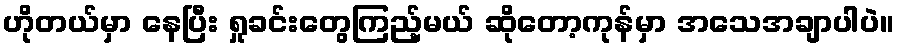
ဟိုတယ်မှာ နေပြီး ရှုခင်းတွေကြည့်မယ် ဆိုတော့ကုန်မှာ အသေအချာပါပဲ။